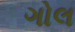
ગોલ